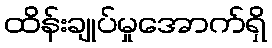
ထိန်းချုပ်မှုအောက်ရှိ